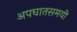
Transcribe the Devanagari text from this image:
अपघातसमयी